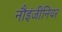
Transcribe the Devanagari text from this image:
नौइंजीनियर